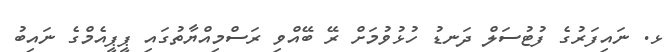
ޅ. ނައިފަރުގެ ފުޓުސަލް ދަނޑު ހުޅުވުމަށް ރޭ ބޭއްވި ރަސްމިއްޔާތުގައި ޕީޕީއެމްގެ ނައިބު